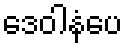
ဒေဝါနံပေ